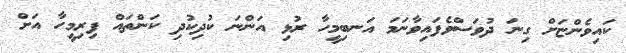
ކައިވެންޏަށް ގިނަ ދުވަސްވެފައިވާނަމަ އަނބިމީހާ ރުޅި އަންނަ ކުދިކުދި ކަންތައް ފިރިމީހާ އަށް